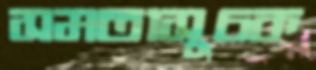
সমতাসূচক